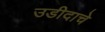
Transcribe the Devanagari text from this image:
उडीदाचे